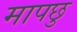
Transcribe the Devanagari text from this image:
मापछु